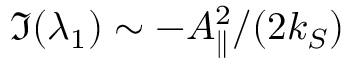
\Im ( \lambda _ { 1 } ) \sim - A _ { \parallel } ^ { 2 } / ( 2 k _ { S } )